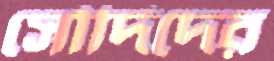
সৌদিদের